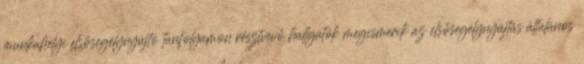
munkahelyi elsősegélynyújtó tanfolyamon résztvevő hallgatók megismerik az elsősegélynyújtás általános